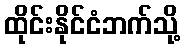
ထိုင်းနိုင်ငံဘက်သို့